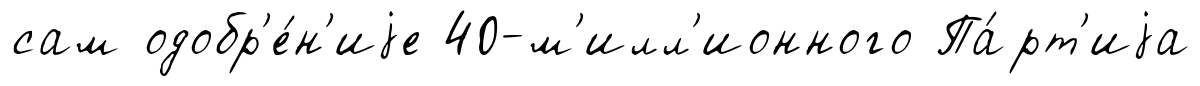
сам одобр'е́н'иjе 40-м'илл'ионного Па́рт'иjа